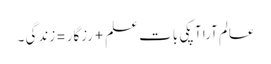
عالم آرا آپکی بات علم+رزگار =زندگی ۔